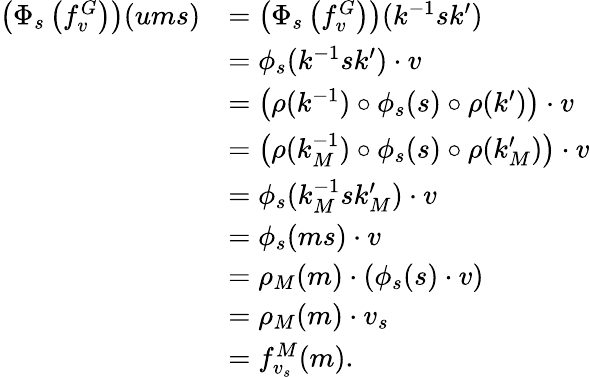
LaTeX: \begin{array}{rl}{\left(\Phi_{s}\left(f_{v}^{G}\right)\right)(ums)}&{=\left(\Phi_{s}\left(f_{v}^{G}\right)\right)(k^{-1}sk^{\prime})}\\ &{=\phi_{s}(k^{-1}sk^{\prime})\cdot v}\\ &{=\left(\rho(k^{-1})\circ\phi_{s}(s)\circ\rho(k^{\prime})\right)\cdot v}\\ &{=\left(\rho(k_{M}^{-1})\circ\phi_{s}(s)\circ\rho(k_{M}^{\prime})\right)\cdot v}\\ &{=\phi_{s}(k_{M}^{-1}sk_{M}^{\prime})\cdot v}\\ &{=\phi_{s}(ms)\cdot v}\\ &{=\rho_{M}(m)\cdot\left(\phi_{s}(s)\cdot v\right)}\\ &{=\rho_{M}(m)\cdot v_{s}}\\ &{=f_{v_{s}}^{M}(m).}\end{array}